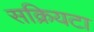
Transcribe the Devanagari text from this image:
सक्रियटा